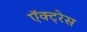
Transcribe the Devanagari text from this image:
ऍक्ट्रेस